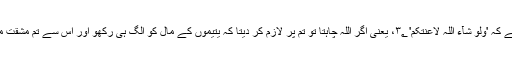
یہاں فرمایا ہے کہ 'وَلَوْ شَآءَ اللّٰہُ لَاَعْنَتَکُمْ' ۳؂، یعنی اگر اللہ چاہتا تو تم پر لازم کر دیتا کہ یتیموں کے مال کو الگ ہی رکھو اور اس سے تم مشقت میں پڑ جاتے۔